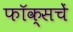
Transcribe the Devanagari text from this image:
फॉक्सचें